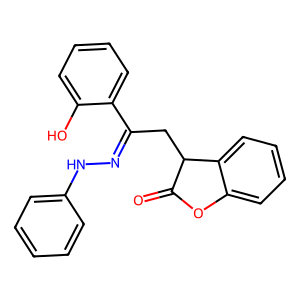
SMILES: O=C1Oc2ccccc2C1CC(=NNc1ccccc1)c1ccccc1O
Inhibits HIV replication: No